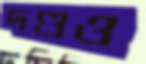
দণ্ডও